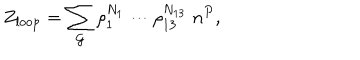
Z _ { \mathrm { l o o p } } = \sum _ { { \cal G } } \rho _ { 1 } ^ { N _ { 1 } } \cdots \rho _ { 1 3 } ^ { N _ { 1 3 } } \; n ^ { P } ,